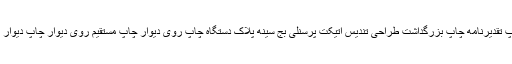
چاپ لوح تقدیر چاپ تقدیرنامه چاپ بزرگداشت طراحی تندیس اتیکت پرسنلی بج سینه پلاک دستگاه چاپ روی دیوار چاپ مستقیم روی دیوار چاپ دیوار طراحی روی دیوار